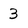
Character: 3